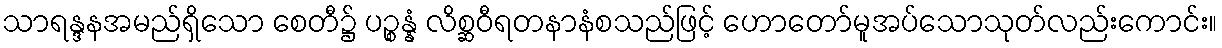
သာရန္ဒနအမည်ရှိသော စေတီ၌ ပဉ္စန္နံ လိစ္ဆဝီရတနာနံစသည်ဖြင့် ဟောတော်မူအပ်သောသုတ်လည်းကောင်း။